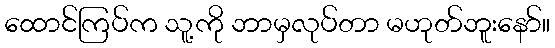
ထောင်ကြပ်က သူ့ကို ဘာမှလုပ်တာ မဟုတ်ဘူးနော်။